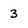
Character: 3